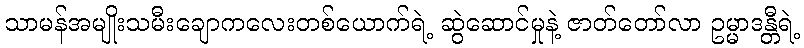
သာမန်အမျိုးသမီးချောကလေးတစ်ယောက်ရဲ့ ဆွဲဆောင်မှုနဲ့ ဇာတ်တော်လာ ဥမ္မာဒန္တီရဲ့